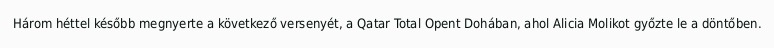
Három héttel később megnyerte a következő versenyét, a Qatar Total Opent Dohában, ahol Alicia Molikot győzte le a döntőben.